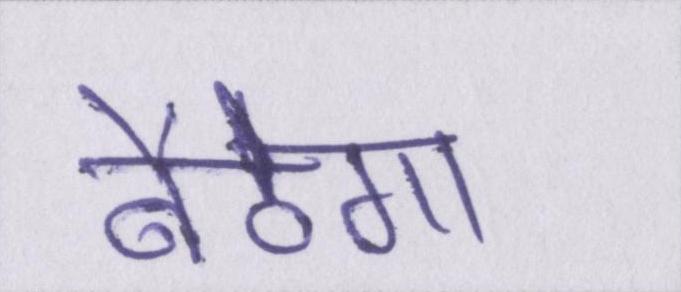
बैठेगा